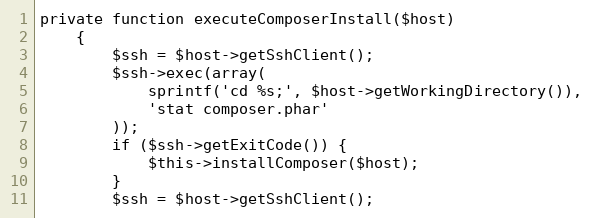
Language: PHP
private function executeComposerInstall($host)
    {
        $ssh = $host->getSshClient();
        $ssh->exec(array(
            sprintf('cd %s;', $host->getWorkingDirectory()),
            'stat composer.phar'
        ));
        if ($ssh->getExitCode()) {
            $this->installComposer($host);
        }
        $ssh = $host->getSshClient();